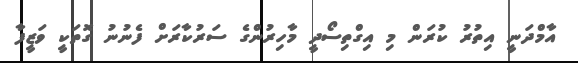
އާމްދަނީ އިތުރު ކުރަން މި އިގްތިސޯދީ މާހިރުންގެ ސަރުކާރަށް ފެނުނު ގޮތަކީ ވަޒީފާ